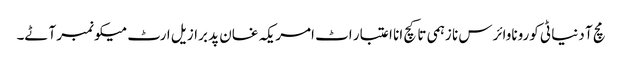
مچ آ دنیا ٹی کوروناوائرس نا زہمی تا کچ انا اعتبار اٹ امریکہ غان پد برازیل ارٹ میکو نمبر آٹے۔